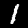
Label: 1